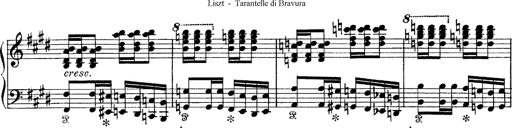
Title: Tarantelle di bravura dâ€™aprÃ¨s la tarantelle de La muette de Portici
Composer: Franz Liszt